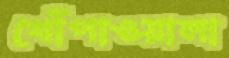
খোঁপাওয়ালা